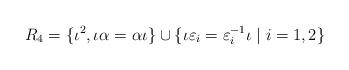
LaTeX: \begin{align*}R_4=\{\iota^2, \iota \alpha = \alpha \iota\}\cup\{\iota\varepsilon_i = \varepsilon_i^{-1}\iota\mid i=1,2\}\end{align*}